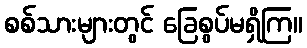
စစ်သားများတွင် ခြေစွပ်မရှိကြ။